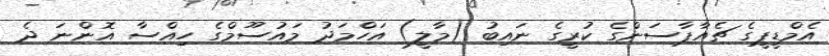
އެމްޑީޕީގެ ޗެއާޕާސަންގެ ކުރީގެ ނައިބު (މާލީ) އަހްމަދު މައުސޫމްގެ ހިއްސާ އޮންނަ ދެ